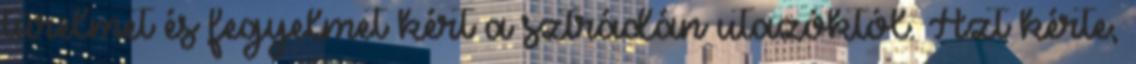
türelmet és fegyelmet kért a sztrádán utazóktól. Azt kérte,